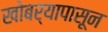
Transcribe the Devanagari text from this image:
खोबर्‍यापासून